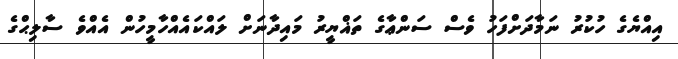
އިއްޔެގެ ހުކުރު ނަމާދަށްފަހު ވެސް ސަންޢާގެ ތަޣްޔީރު މައިދާނަށް ލައްކައެއްހާމީހުން އެއްވެ ސާލިޙްގެ